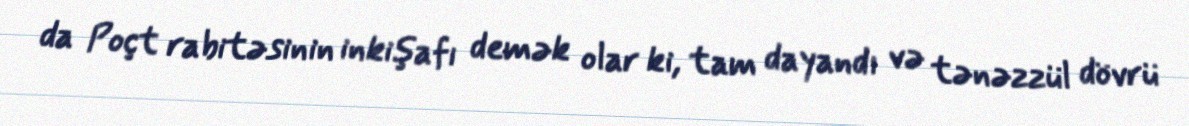
da Poçt rabitəsinin inkişafı demək olar ki, tam dayandı və tənəzzül dövrü